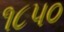
૧૮૫૦